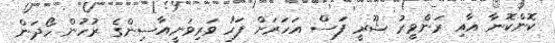
ކޮންކޮނާ އާއި ރަންވީރު ޝޫރީ ފަސް އަހަރަށް ފަހު ވަރިވަނީއާސިންގެ ރުހުން ހޯދަން